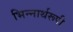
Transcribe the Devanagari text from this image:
भिन्‍नार्थरूपी